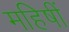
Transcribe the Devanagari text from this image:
महिषीं